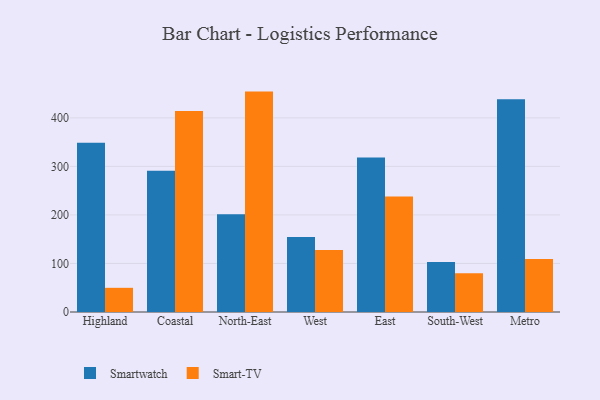
{"axis": {"x": "Region", "y": "Bounce Rate (%)"}, "legend": ["Smart-TV", "Smartwatch"], "data": [{"x": "Highland", "y": 348.5, "type": "Smartwatch"}, {"x": "Highland", "y": 49.8, "type": "Smart-TV"}, {"x": "Coastal", "y": 290.8, "type": "Smartwatch"}, {"x": "Coastal", "y": 414.3, "type": "Smart-TV"}, {"x": "North-East", "y": 201.2, "type": "Smartwatch"}, {"x": "North-East", "y": 454.1, "type": "Smart-TV"}, {"x": "West", "y": 154.6, "type": "Smartwatch"}, {"x": "West", "y": 127.7, "type": "Smart-TV"}, {"x": "East", "y": 318.3, "type": "Smartwatch"}, {"x": "East", "y": 238.1, "type": "Smart-TV"}, {"x": "South-West", "y": 103.1, "type": "Smartwatch"}, {"x": "South-West", "y": 80.0, "type": "Smart-TV"}, {"x": "Metro", "y": 438.3, "type": "Smartwatch"}, {"x": "Metro", "y": 109.3, "type": "Smart-TV"}]}